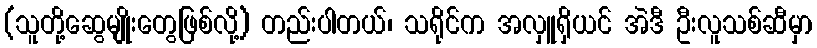
(သူတို့ဆွေမျိုးတွေဖြစ်လို့) တည်းပါတယ်၊ သရိုင်က အလှူရှိယင် အဲဒီ ဦးလူသစ်ဆီမှာ